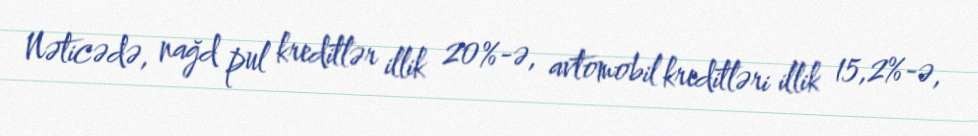
Nəticədə, nağd pul kreditlər illik 20%-ə, avtomobil kreditləri illik 15,2%-ə,